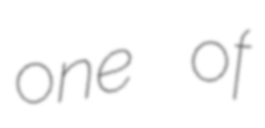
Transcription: one of